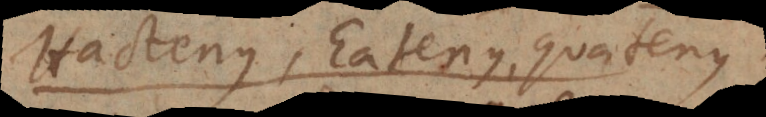
Hactenus, Eatenus, Quatenus